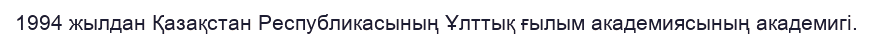
1994 жылдан Қазақстан Республикасының Ұлттық ғылым академиясының академигі.